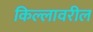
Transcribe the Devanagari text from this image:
किल्लावरील